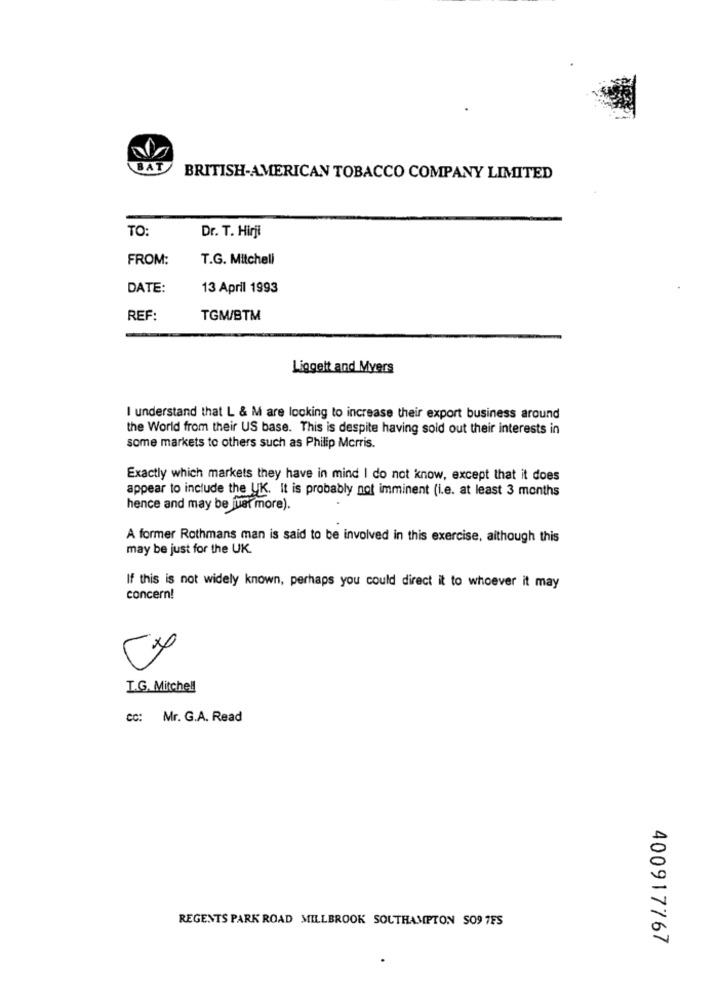
BAT
BRITISH-AMERICAN TOBACCO COMPANY LIMITED
TO:
Dr. T. Hirji
FROM:
T.G. Mitchell
DATE:
13 April 1993
REF:
TGM/BTM
Liggett and Myers
I understand that L & M are looking to increase their export business around
the World from their US base. This is despite having sold out their interests in
some markets to others such as Philip Morris.
Exactly which markets they have in mind I do not know, except that it does
appear to include the UK. It is probably not imminent (i.e. at least 3 months
hence and may be just more).
A former Rothmans man is said to be involved in this exercise, although this
may be just for the UK.
If this is not widely known, perhaps you could direct it to whoever it may
concern!
CX
L.G. Mitchell
cc: Mr. G.A. Read
REGENTS PARK ROAD MILLBROOK SOUTHAMPTON SO9 7FS
400917767